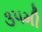
૩૫મી